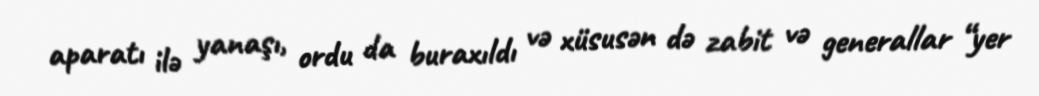
aparatı ilə yanaşı, ordu da buraxıldı və xüsusən də zabit və generallar “yer